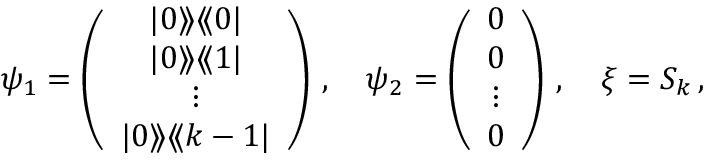
\psi _ { 1 } = \left( \begin{array} { c } { { | 0 \rangle \! \rangle \langle \! \langle 0 | } } \\ { { | 0 \rangle \! \rangle \langle \! \langle 1 | } } \\ { { \vdots } } \\ { { | 0 \rangle \! \rangle \langle \! \langle k - 1 | } } \end{array} \right) \, , \quad \psi _ { 2 } = \left( \begin{array} { c } { { 0 } } \\ { { 0 } } \\ { { \vdots } } \\ { { 0 } } \end{array} \right) \, , \quad \xi = S _ { k } \, ,